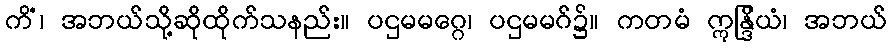
ကိံ၊ အဘယ်သို့ဆိုထိုက်သနည်း။ ပဌမမဂ္ဂေ၊ ပဌမမဂ်၌။ ကတမံ ဣန္ဒြိယံ၊ အဘယ်